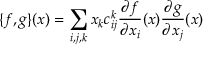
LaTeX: \{ f , g \} ( x ) = \sum _ { i , j , k } x _ { k } c _ { i j } ^ { k } \frac { \partial f } { \partial x _ { i } } ( x ) \frac { \partial g } { \partial x _ { j } } ( x )